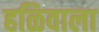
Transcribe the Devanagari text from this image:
हळिवाला